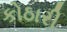
કોઠારી